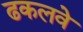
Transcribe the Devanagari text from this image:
ढकलवे